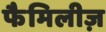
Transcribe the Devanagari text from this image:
फैमिलीज़